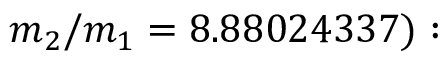
m _ { 2 } / m _ { 1 } = 8 . 8 8 0 2 4 3 3 7 ) :